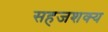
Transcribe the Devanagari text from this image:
सहजशक्‍य